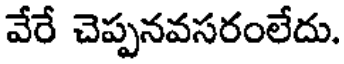
వేరే చెప్పనవసరంలేదు.